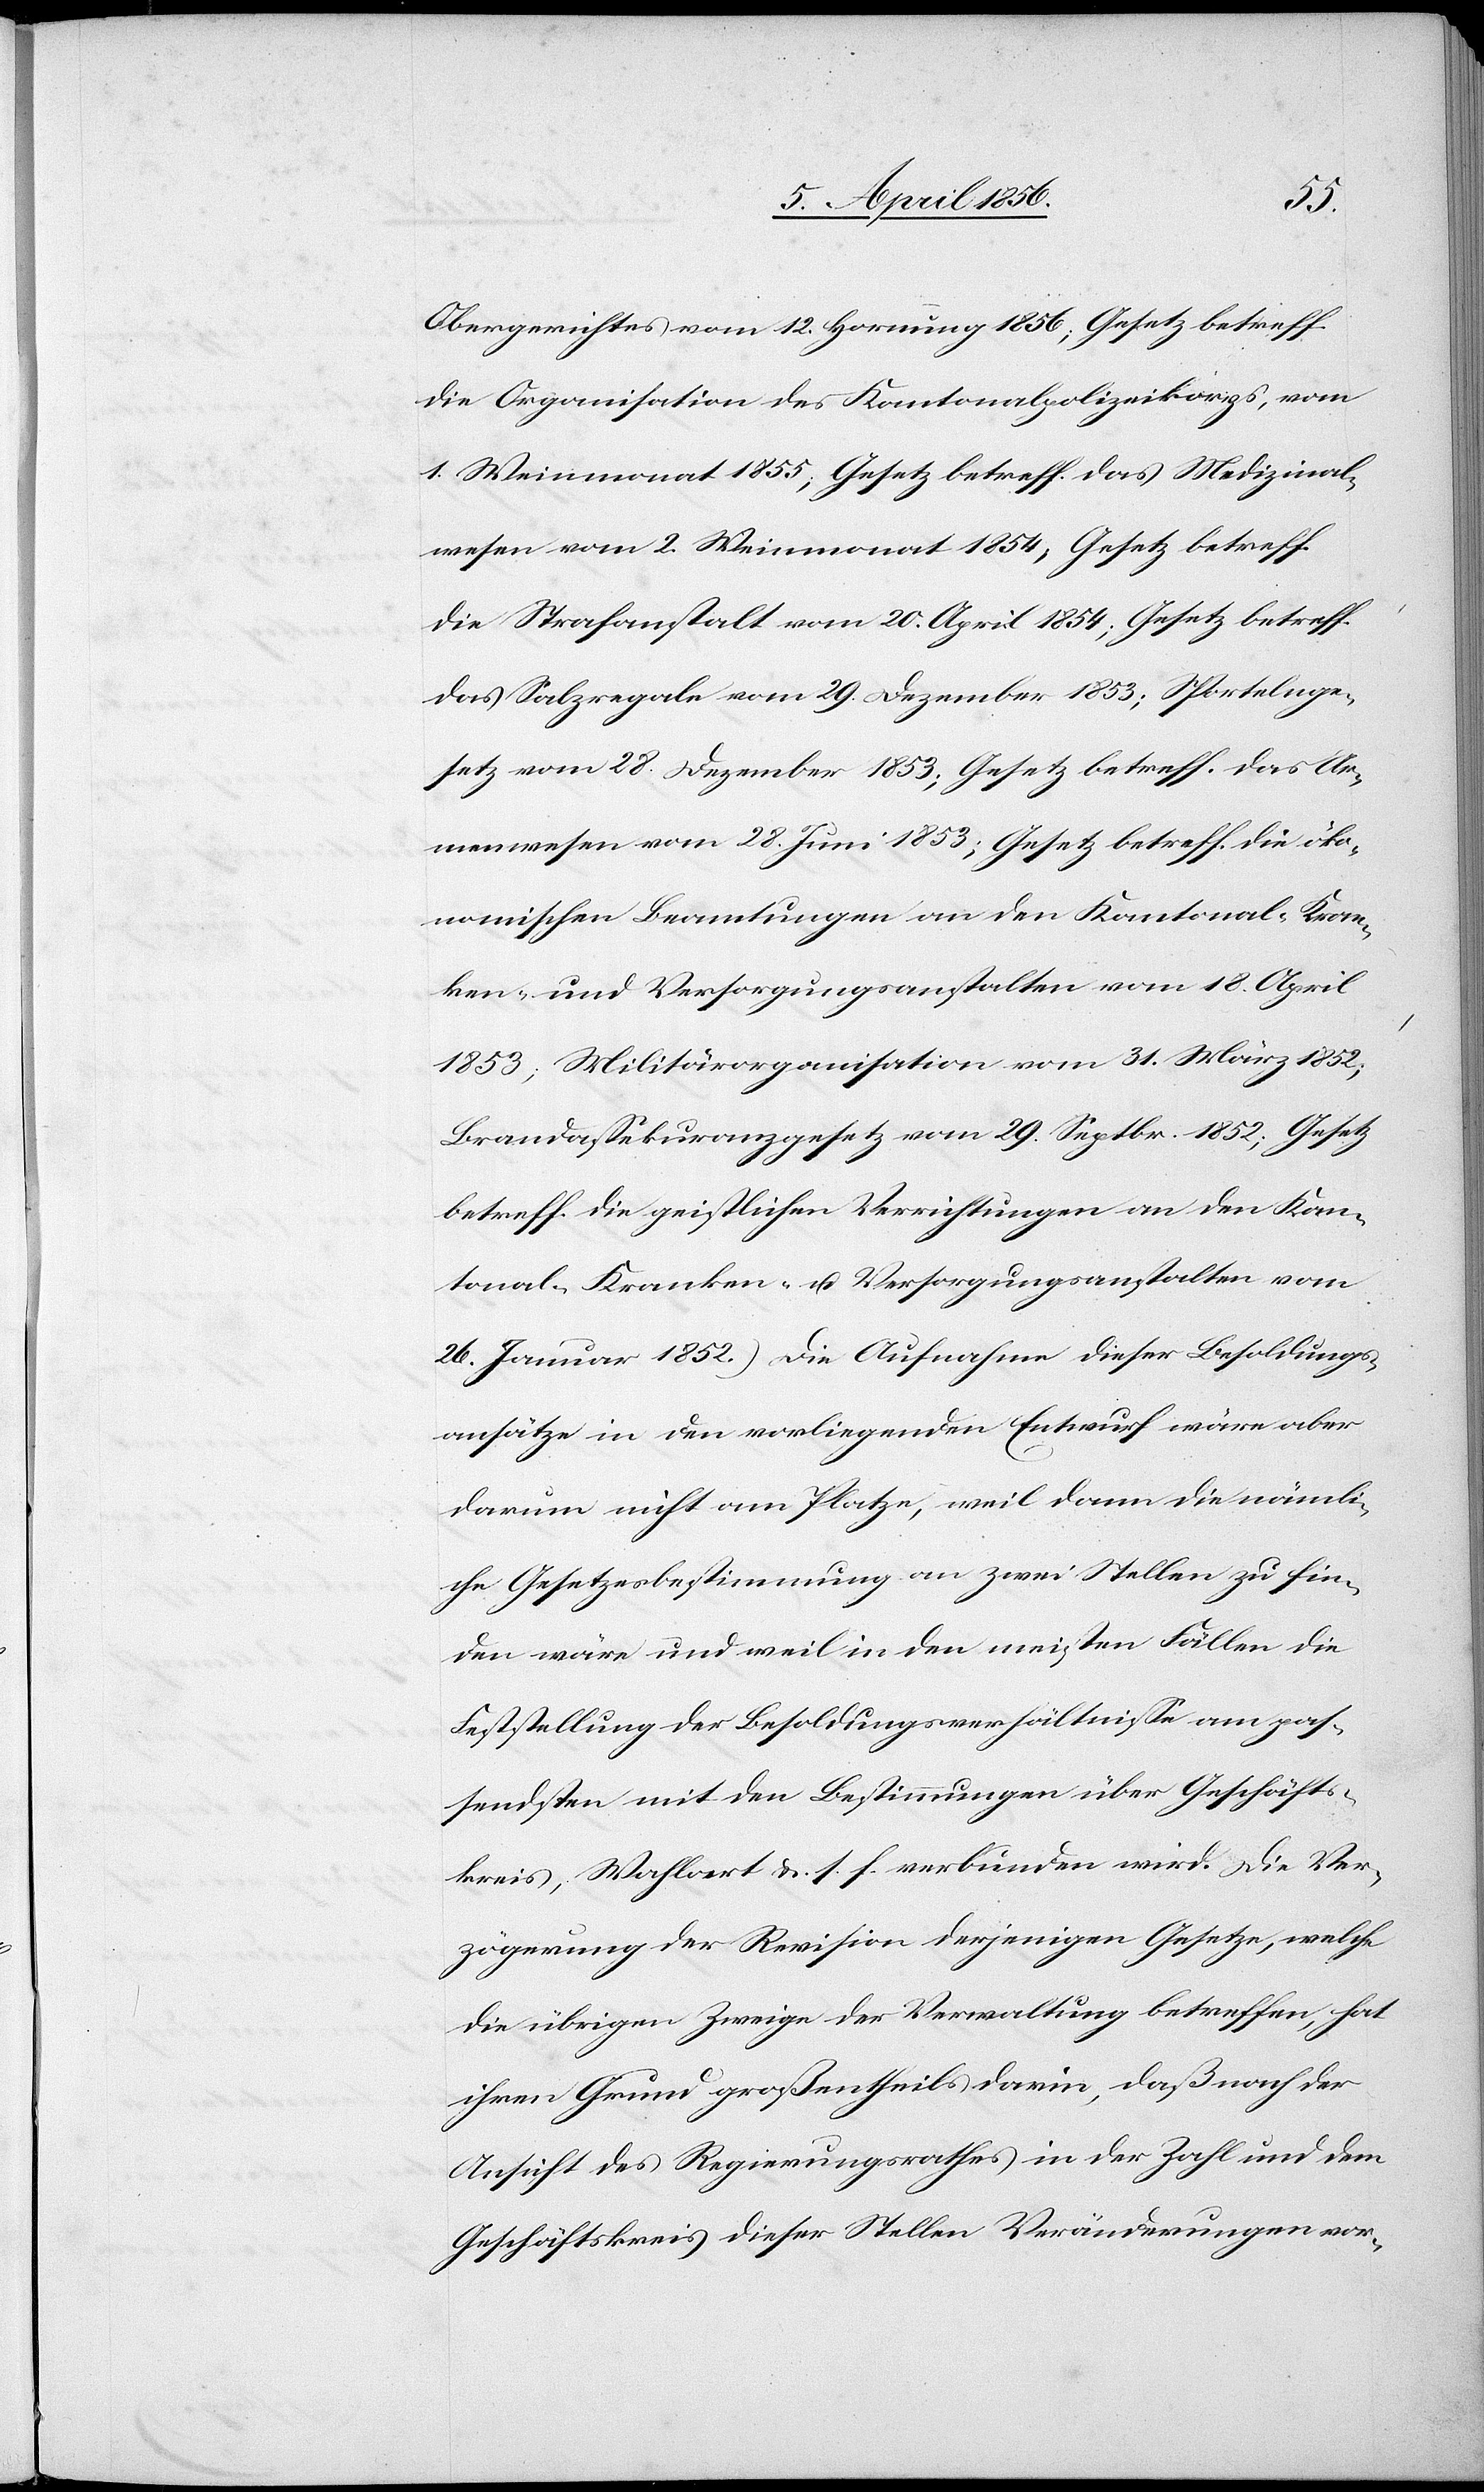
Obergerichtes vom 12. Hornung 1856; Gesetz betreff.
die Organisation des Kantonalpolizeikorps, vom
1. Weinmonat 1855; Gesetz betreff. das Medizinal¬
wesen vom 2. Weinmonat 1854; Gesetz betreff.
die Strafanstalt vom 20. April 1854; Gesetz betreff.
das Salzregale vom 29. Dezember 1853; Sportelnge¬
setz vom 28. Dezember 1853; Gesetz betreff. des Ar¬
menwesen vom 28. Juni 1853; Gesetz betreff. die öko¬
nomischen Beamtungen an den Kantonal- [,] Kran¬
ken- und Versorgungsanstalten vom 18. April
1853; Militärorganisation vom 31. März 1852;
Brandassekuranzgesetz vom 29. Septbr. 1852; Gesetz
betreff. die geistlichen Verrichtungen an den Kan¬
tonal-[,] Kranken- u. Versorgungsanstalten vom
26. Januar 1852.) Die Aufnahme dieser Besoldungs¬
ansätze in den vorliegenden Entwurf wäre aber
darum nicht am Platze, weil dann die nämli¬
che Gesetzesbestimmung an zwei Stellen zu fin¬
den wäre und weil in den meisten Fällen die
Feststellung der Besoldungsverhältnisse am pas¬
sendsten mit den Bestimmungen über Geschäfts¬
kreis, Wahlart &. s. f. verbunden wird. Die Ver¬
zögerung der Revision derjenigen Gesetze, welche
die übrigen Zweige der Verwaltung betreffen, hat
ihren Grund großentheils darin, daß nach der
Ansicht des Regierungsrathes in der Zahl und dem
Geschäftskreis dieser Stellen Veränderungen vor-